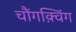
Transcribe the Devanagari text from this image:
चौंगक़्विंग